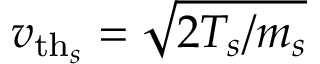
\ensuremath { v _ { \mathrm { t h } _ { s } } } = \sqrt { 2 T _ { s } / m _ { s } }